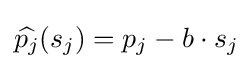
{\widehat {p_{j}}}(s_{j})=p_{j}-b\cdot s_{j}